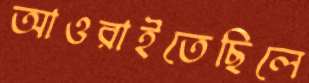
আওরাইতেছিলে